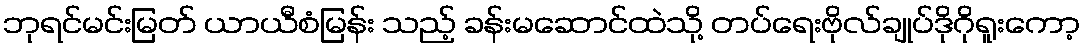
ဘုရင်မင်းမြတ် ယာယီစံမြန်း သည့် ခန်းမဆောင်ထဲသို့ တပ်ရေးဗိုလ်ချုပ်ဒိုဂိုရူးကော့